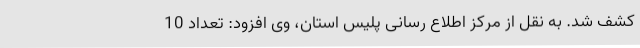
کشف شد. به نقل از مرکز اطلاع رسانی پلیس استان، وی افزود: تعداد 10